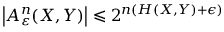
\left| A _ { \varepsilon } ^ { n } ( X , Y ) \right| \leqslant 2 ^ { n ( H ( X , Y ) + \epsilon ) }